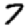
Digit: 7